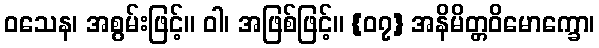
ဝသေန၊ အစွမ်းဖြင့်။ ဝါ၊ အဖြစ်ဖြင့်။ {၀၇} အနိမိတ္တဝိမောက္ခော၊